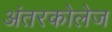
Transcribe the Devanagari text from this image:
अंतरकोलेज